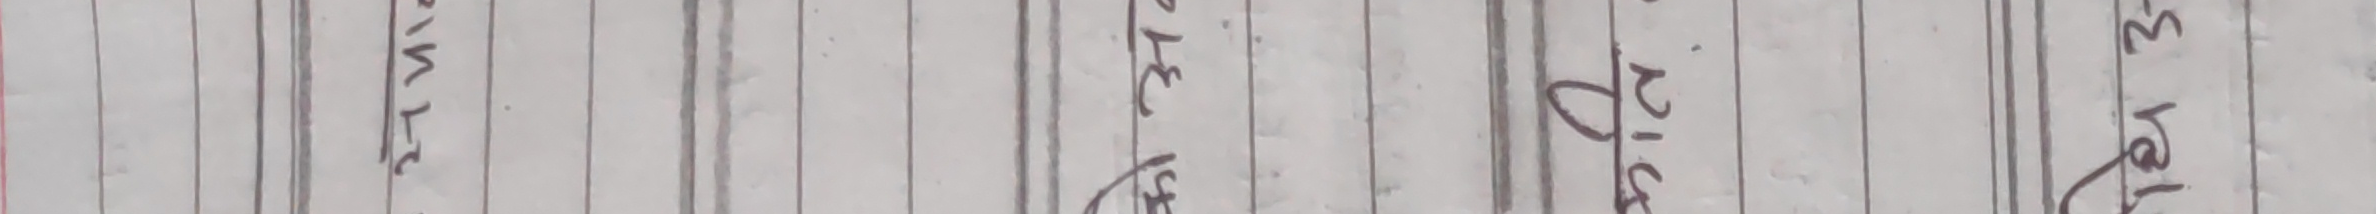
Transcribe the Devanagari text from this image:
समिर, पिक, घर र